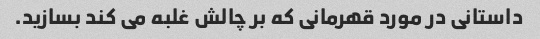
داستانی در مورد قهرمانی که بر چالش غلبه می کند بسازید.